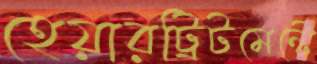
হেয়ারট্রিটমেন্টে